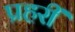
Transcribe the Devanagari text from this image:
प्रहरीं